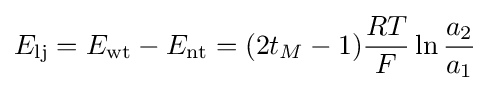
E_{\mathrm {lj} }=E_{\mathrm {wt} }-E_{\mathrm {nt} }=(2t_{M}-1){\frac {RT}{F}}\ln {\frac {a_{2}}{a_{1}}}